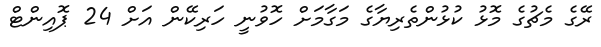
ރޭގެ މެޗުގެ މޮޅު ކުޅުންތެރިޔާގެ މަގާމަށް ހޮވުނީ ހަރިކޭން އަށް 24 ޕޮއިންޓް